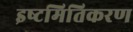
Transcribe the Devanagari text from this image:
इष्‍टमितिकरण